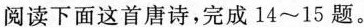
阅读下面这首唐诗，完成14~15题。